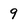
Character: 9